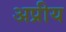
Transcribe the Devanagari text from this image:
अप्रीय